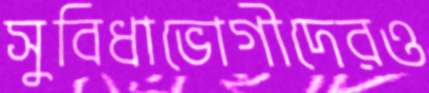
সুবিধাভোগীদেরও